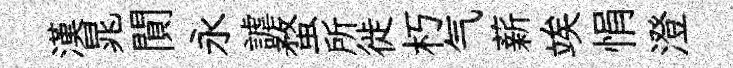
漢晁閴永謔蝥所徙朽气薪竢悁澄